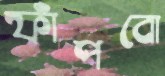
ফাঁপবো